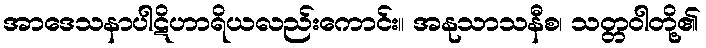
အာဒေသနာပါဋိဟာရိယလည်းကောင်း။ အနုသာသနီစ၊ သတ္တဝါတို့၏